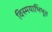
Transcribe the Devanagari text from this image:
विस्मयाभिभूत